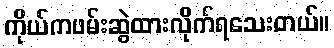
ကိုယ်ကဖမ်းဆွဲထားလိုက်ရသေးတယ်။